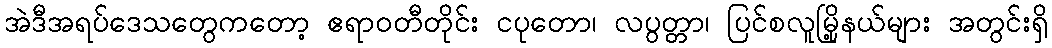
အဲဒီအရပ်ဒေသတွေကတော့ ဧရာဝတီတိုင်း ငပုတော၊ လပွတ္တာ၊ ပြင်စလူမြို့နယ်များ အတွင်းရှိ